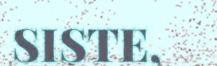
SISTE,